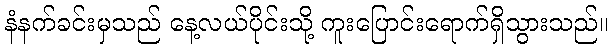
နံနက်ခင်းမှသည် နေ့လယ်ပိုင်းသို့ ကူးပြောင်းရောက်ရှိသွားသည်။